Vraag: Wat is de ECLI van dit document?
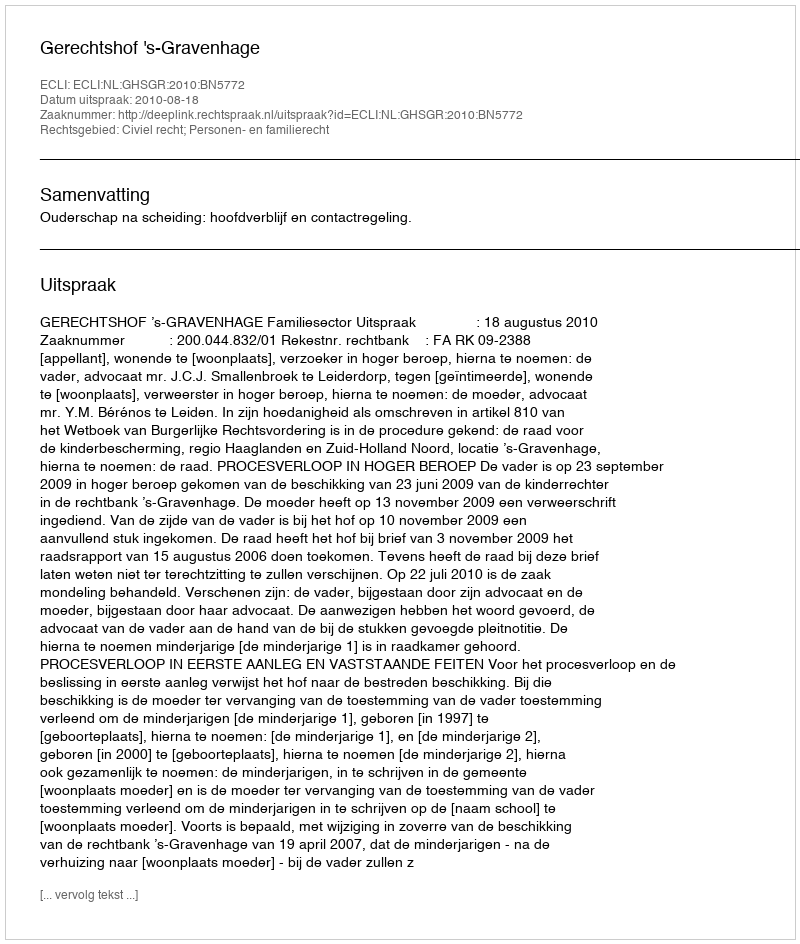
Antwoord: ECLI:NL:GHSGR:2010:BN5772